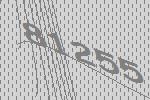
81255